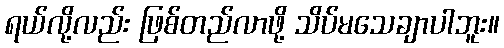
ရယ်လို့လည်း ဖြစ်တည်လာဖို့ သိပ်မသေချာပါဘူး။